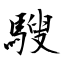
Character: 騪